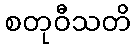
စတုဝီသတိ